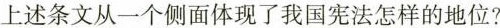
上述条文从一个侧面体现了我国宪法怎样的地位?